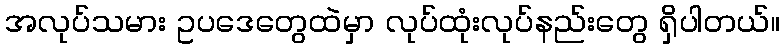
အလုပ်သမား ဥပဒေတွေထဲမှာ လုပ်ထုံးလုပ်နည်းတွေ ရှိပါတယ်။